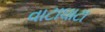
વાટાઘાટા